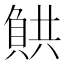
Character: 𧶯